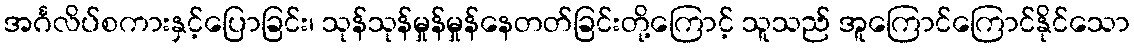
အင်္ဂလိပ်စကားနှင့်ပြောခြင်း၊ သုန်သုန်မှုန်မှုန်နေတတ်ခြင်းတို့ကြောင့် သူသည် အူကြောင်ကြောင်နိုင်သော